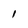
Character: I